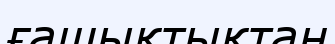
ғашықтықтан